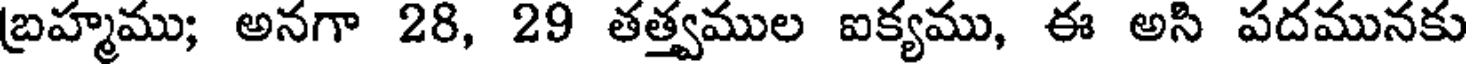
బ్రహ్మము; అనగా 28, 29 తత్త్వముల ఐక్యము, ఈ అసి పదమునకు